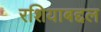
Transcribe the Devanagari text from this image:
रशियाबद्दल